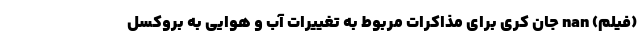
(فیلم) nan جان کری برای مذاکرات مربوط به تغییرات آب و هوایی به بروکسل